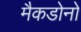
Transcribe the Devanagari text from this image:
मैकडोनो